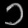
Digit: ၁